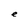
Character: e